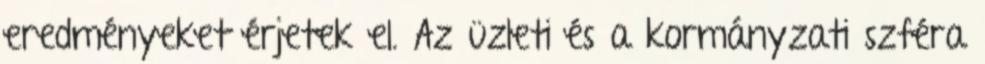
eredményeket érjetek el. Az üzleti és a kormányzati szféra